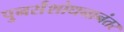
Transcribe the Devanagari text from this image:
पुनर्संशोधनानंतर